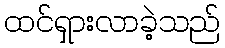
ထင်ရှားလာခဲ့သည်